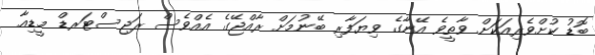
ބޮޑު ކުށްވެރިއަކަށް ވާތީވެ އޭނާގެ ވިޔަފާރި ބޭނުމަށް ރާއްޖޭގެ އެއްވެސް ރަޖިސްޓަރޑް މީޑިއާ